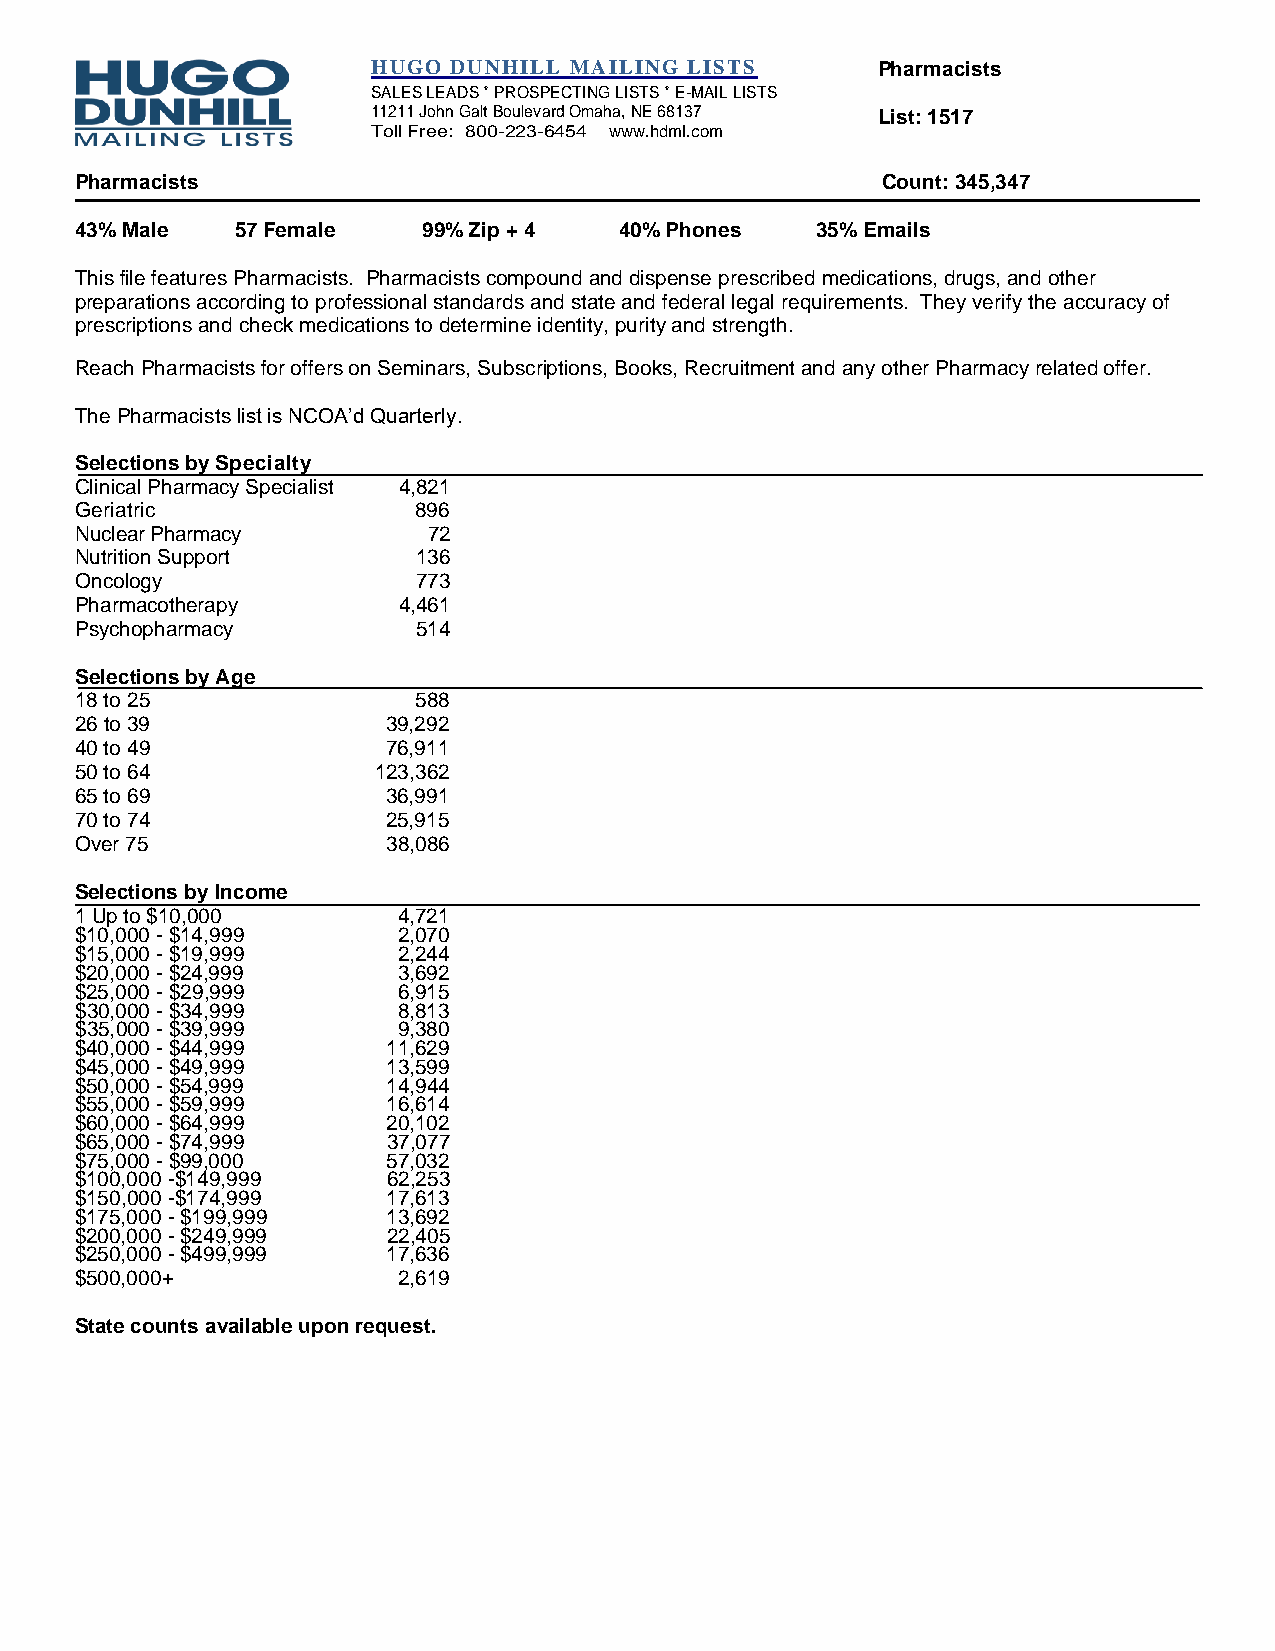
HUGO DUNHILL MAILING LISTS       Pharmacists
 SALES LEADS * PROSPECTING LISTS * E-MAIL LISTS
 11211 John Galt Boulevard Omaha, NE 68137 List: 1517
 Toll Free: 800-223-6454 www.hdml.com
 Pharmacists                                          Count: 345,347
 43% Male   57 Female   99% Zip + 4  40% Phones   35% Emails
 This file features Pharmacists. Pharmacists compound and dispense prescribed medications, drugs, and other
 preparations according to professional standards and state and federal legal requirements. They verify the accuracy of
 prescriptions and check medications to determine identity, purity and strength.
 Reach Pharmacists for offers on Seminars, Subscriptions, Books, Recruitment and any other Pharmacy related offer.
 The Pharmacists list is NCOA’d Quarterly.
 Selections by Specialty
 Clinical Pharmacy Specialist 4,821
 Geriatric             896
 Nuclear Pharmacy       72
 Nutrition Support      136
 Oncology               773
 Pharmacotherapy      4,461
 Psychopharmacy         514
 Selections by Age
 18 to 25              588
 26 to 39             39,292
 40 to 49             76,911
 50 to 64            123,362
 65 to 69             36,991
 70 to 74             25,915
 Over 75              38,086
 Selections by Income
 1 Up to $10,000      4,721
 $10,000 - $14,999    2,070
 $15,000 - $19,999    2,244
 $20,000 - $24,999    3,692
 $25,000 - $29,999    6,915
 $30,000 - $34,999    8,813
 $35,000 - $39,999    9,380
 $40,000 - $44,999    11,629
 $45,000 - $49,999    13,599
 $50,000 - $54,999    14,944
 $55,000 - $59,999    16,614
 $60,000 - $64,999    20,102
 $65,000 - $74,999    37,077
 $75,000 - $99,000    57,032
 $100,000 -$149,999   62,253
 $150,000 -$174,999   17,613
 $175,000 - $199,999  13,692
 $200,000 - $249,999  22,405
 $250,000 - $499,999  17,636
 $500,000+            2,619
 State counts available upon request.